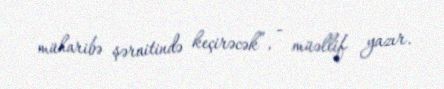
müharibə şəraitində keçirəcək”, - müəllif yazır.